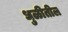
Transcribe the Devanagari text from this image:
धुळीतील